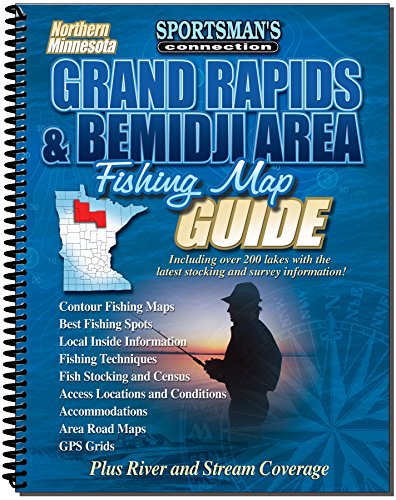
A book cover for Northern Minnesota Grand Rapids & Bemidji Area Fishing Map Guide (Fishing Maps from Sportsman's Connection); Sportsman's Connection; Travel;